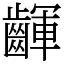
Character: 齳